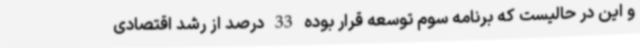
و این در حالیست که برنامه سوم توسعه قرار بوده 33 درصد از رشد اقتصادی